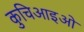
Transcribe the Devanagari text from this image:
कुचिआइओ